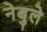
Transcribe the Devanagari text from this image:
नेबुले